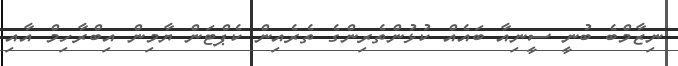
ނިޒާމްބެ ބުނީ ސީނިއާ ބައެއް ކުޅުންތެރިންގެ ތެރެއިން ކެޕްޓަން ޔާމިން އިބްރާހިމް އާއި